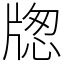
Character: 牎